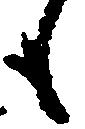
も